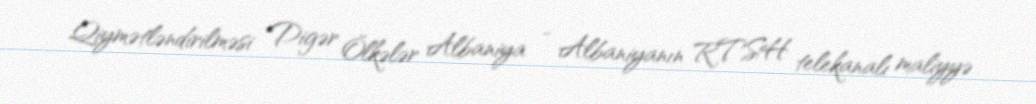
Qiymətləndirilməsi Digər Ölkələr Albaniya - Albaniyanın RTSH telekanalı maliyyə